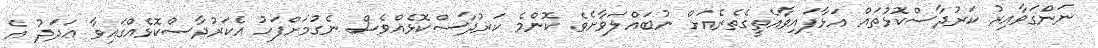
ނަންގަވާއިރު ކަރުދާސްކޮޅުތައް އަޅާފައިވާއެތީގެތެރެއަށް ނުބައްލަވާށެވެ. ކޮންމެ ކަރުދާސްކޮޅެއްވެސް ނެގުމަށްފަހު އެކަރުދާސްކޮޅެއްގައިވާ ޢަދަދު އެ